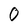
Character: 0